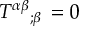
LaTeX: T ^ { \alpha \beta } { } _ { ; \beta } \, = 0